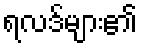
ရလဒ်များ၏